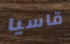
قاسيا